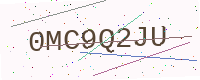
Text: 0MC9Q2JU